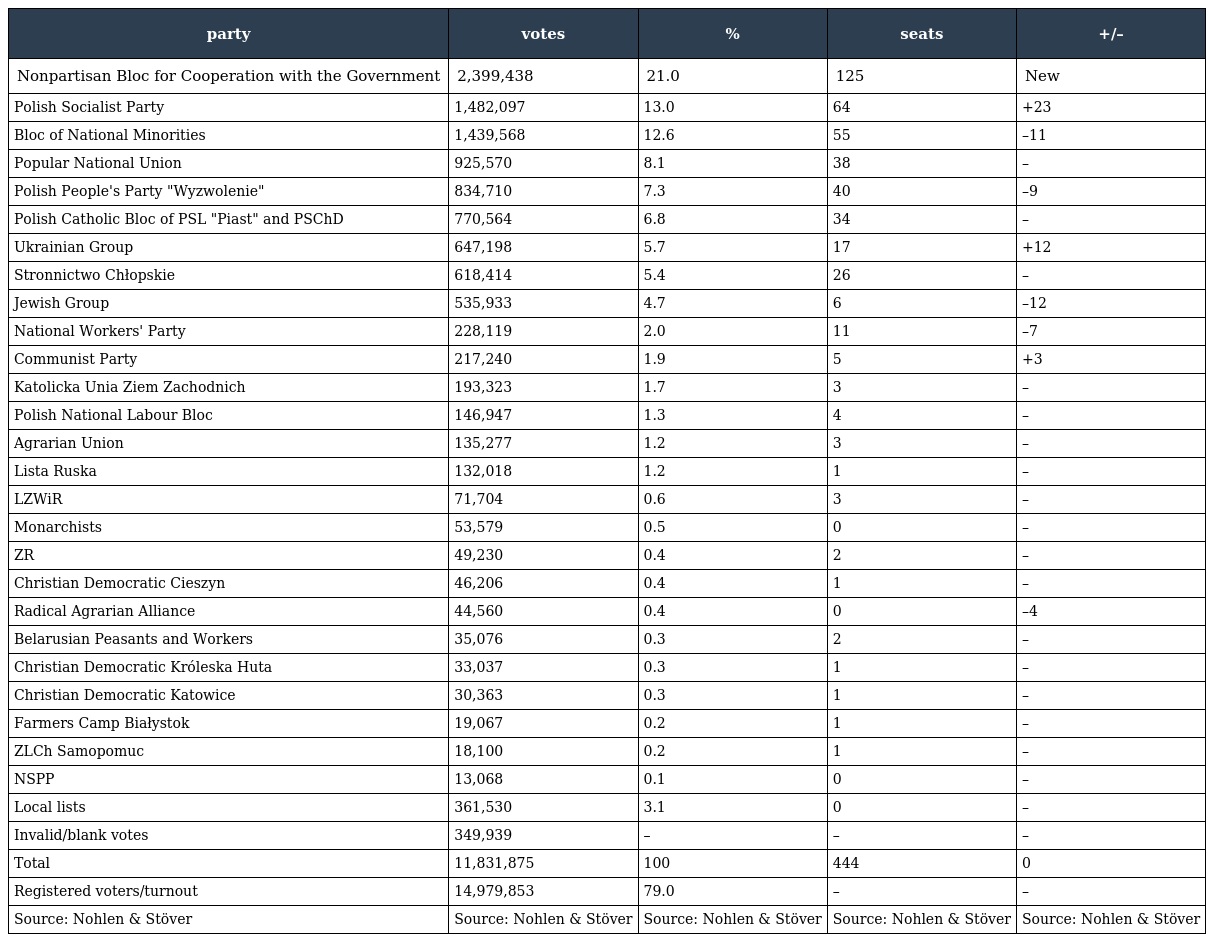
| party | votes | % | seats | +/– |
 | --- | --- | --- | --- | --- |
 | Nonpartisan Bloc for Cooperation with the Government | 2,399,438 | 21.0 | 125 | New |
 | Polish Socialist Party | 1,482,097 | 13.0 | 64 | +23 |
 | Bloc of National Minorities | 1,439,568 | 12.6 | 55 | –11 |
 | Popular National Union | 925,570 | 8.1 | 38 | – |
 | Polish People's Party "Wyzwolenie" | 834,710 | 7.3 | 40 | –9 |
 | Polish Catholic Bloc of PSL "Piast" and PSChD | 770,564 | 6.8 | 34 | – |
 | Ukrainian Group | 647,198 | 5.7 | 17 | +12 |
 | Stronnictwo Chłopskie | 618,414 | 5.4 | 26 | – |
 | Jewish Group | 535,933 | 4.7 | 6 | –12 |
 | National Workers' Party | 228,119 | 2.0 | 11 | –7 |
 | Communist Party | 217,240 | 1.9 | 5 | +3 |
 | Katolicka Unia Ziem Zachodnich | 193,323 | 1.7 | 3 | – |
 | Polish National Labour Bloc | 146,947 | 1.3 | 4 | – |
 | Agrarian Union | 135,277 | 1.2 | 3 | – |
 | Lista Ruska | 132,018 | 1.2 | 1 | – |
 | LZWiR | 71,704 | 0.6 | 3 | – |
 | Monarchists | 53,579 | 0.5 | 0 | – |
 | ZR | 49,230 | 0.4 | 2 | – |
 | Christian Democratic Cieszyn | 46,206 | 0.4 | 1 | – |
 | Radical Agrarian Alliance | 44,560 | 0.4 | 0 | –4 |
 | Belarusian Peasants and Workers | 35,076 | 0.3 | 2 | – |
 | Christian Democratic Króleska Huta | 33,037 | 0.3 | 1 | – |
 | Christian Democratic Katowice | 30,363 | 0.3 | 1 | – |
 | Farmers Camp Białystok | 19,067 | 0.2 | 1 | – |
 | ZLCh Samopomuc | 18,100 | 0.2 | 1 | – |
 | NSPP | 13,068 | 0.1 | 0 | – |
 | Local lists | 361,530 | 3.1 | 0 | – |
 | Invalid/blank votes | 349,939 | – | – | – |
 | Total | 11,831,875 | 100 | 444 | 0 |
 | Registered voters/turnout | 14,979,853 | 79.0 | – | – |
 | Source: Nohlen & Stöver | Source: Nohlen & Stöver | Source: Nohlen & Stöver | Source: Nohlen & Stöver | Source: Nohlen & Stöver |